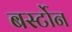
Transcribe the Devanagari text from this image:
बर्स्टोन